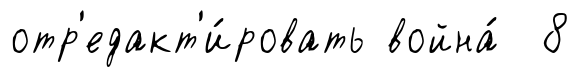
отр'едакт'и́ровать война́ 8